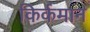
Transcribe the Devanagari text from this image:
किर्कमान